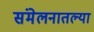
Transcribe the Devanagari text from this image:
संमेलनातल्या